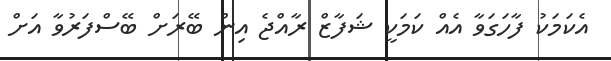
އެކަމަކު ފާހަގަވާ އެއް ކަމަކީ ޝަފާޒް ރާއްޖެ އިން ބޭރަށް ބޭސްފަރުވާ އަށް